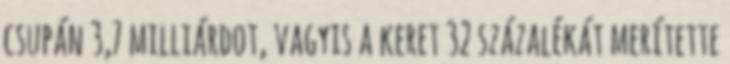
csupán 3,7 milliárdot, vagyis a keret 32 százalékát merítette